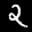
Label: 2